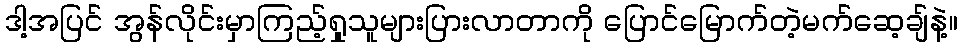
ဒါ့အပြင် အွန်လိုင်းမှာကြည့်ရှုသူများပြားလာတာကို ပြောင်မြောက်တဲ့မက်ဆေ့ချ်နဲ့။